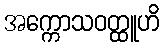
အက္ကောသဝတ္ထူဟိ